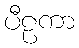
ပီဠကာ